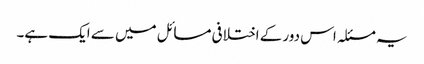
یہ مسئلہ اس دور کے اختلافی مسائل میں سے ایک ہے۔